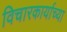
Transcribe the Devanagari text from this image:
विचारकार्याच्या